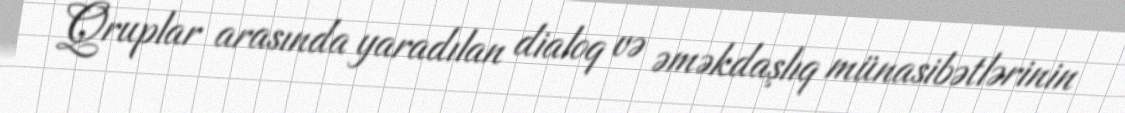
Qruplar arasında yaradılan dialoq və əməkdaşlıq münasibətlərinin